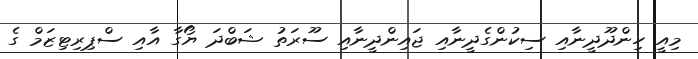
މިއީ ހިންދޫދީނާއި ސިކުންގެދީނާއި ޖައިންދީނާއި ސޫރަތު ޝަބްދަ ޔޯގާ އާއި ސްޕިރިޓިޒަމް ގެ